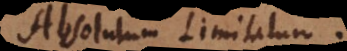
Absolutum, Limitatum.